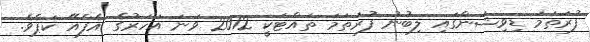
ފުރަތަމަ ޑިވިޝަންގައި ލިބުނު ފުރަތަމަ ތައްޓަކީ 2012 ވަނަ އަހަރުގެ އެފްއޭ ކަޕެވެ.